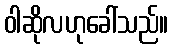
ဝါဆိုလဟုခေါ်သည်။